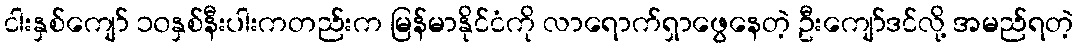
ငါးနှစ်ကျော် ၁၀နှစ်နီးပါးကတည်းက မြန်မာနိုင်ငံကို လာရောက်ရှာဖွေနေတဲ့ ဦးကျော်ဒင်လို့ အမည်ရတဲ့